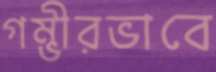
গম্ভীরভাবে